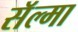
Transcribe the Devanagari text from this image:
सॅल्मा